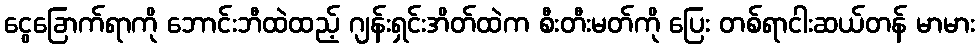
ငွေခြောက်ရာကို ဘောင်းဘီထဲထည့် ဂျန်းရှင်းအိတ်ထဲက စီးတီးမတ်ကို ပြေး တစ်ရာငါးဆယ်တန် မာမား